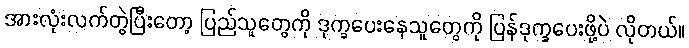
အားလုံးလက်တွဲပြီးတော့ ပြည်သူတွေကို ဒုက္ခပေးနေသူတွေကို ပြန်ဒုက္ခပေးဖို့ပဲ လိုတယ်။